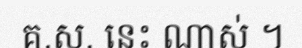
គ.ស. នេះ ណាស់ ។